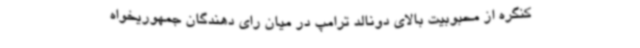
کنگره از محبوبیت بالای دونالد ترامپ در میان رای دهندگان جمهوریخواه